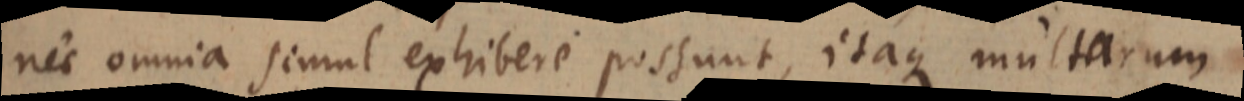
nec omnia simul exhibere possunt, itaque multarum